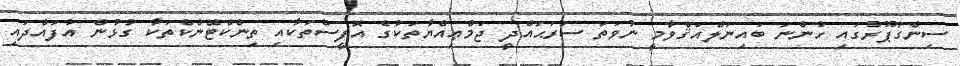
ސިންގަޕޫރުގައި ހުންނަ ބައިނަލްއަޤްވާމީ ނުވަތަ ސަރަޙައްދީ ޖަމްޢިއްޔާތަކުގެ އޮފީސްތަކާއި ތިންކްޓޭންކްތަކާ ގުޅުން އުފައްދައި